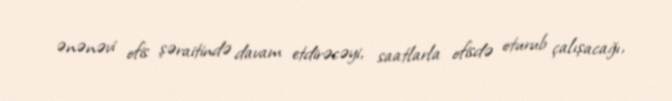
ənənəvi ofis şəraitində davam etdirəcəyi, saatlarla ofisdə oturub çalışacağı,